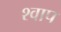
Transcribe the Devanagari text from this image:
श्वाप